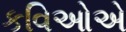
કવિઓએ